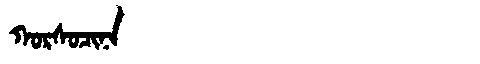
Manchu: ᡴᠣᡵᠰᠣᠴᡳᠨᠠ
Romanization: KORSOCINA